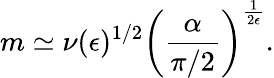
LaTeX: m\simeq\nu({\epsilon})^{1/2}\left(\frac{\alpha}{\pi/2}\right)^{\frac{1}{2\epsilon}}.